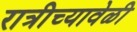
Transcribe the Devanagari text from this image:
रात्रीच्यावेळी